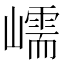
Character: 嶿